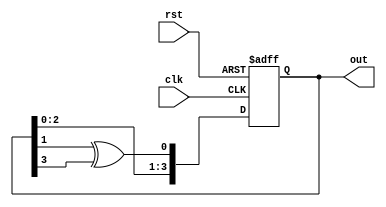
module lfsr (clk,rst,out);

    input wire clk;
    input wire rst;

    output wire[3:0] out;

    reg [3:0] l;
    wire [3:0] nxt_lfsr;

    always@(posedge clk or posedge rst)begin
        if (rst)begin
        l<= 4'b0010;
        end
        
        else begin
        l <= nxt_lfsr;
        end
    end
        assign nxt_lfsr = {l[2:0], l[1] ^ l[3]};

        assign out = l;

endmodule